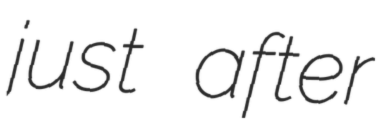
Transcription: just after